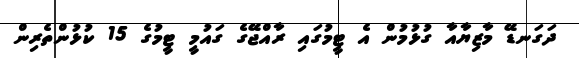
ދަގަނޑޭ މާޒިޔާއާ ގުޅުމުން އެ ޓީމުގައި ރާއްޖޭގެ ގައުމީ ޓީމުގެ 15 ކުޅުންތެރިން